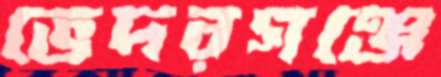
ভেদরগঞ্জে